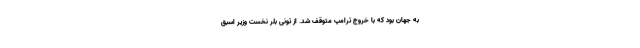
به جهان بود که با خروج ترامپ متوقف شد. از تونی بلر نخست وزیر اسبق